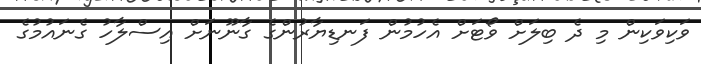
ވަކިވަކިން މި ދެ ބިލަށް ވޯޓަށް އެހުމުން ފަނޑިޔާރުންގެ ގާނޫނަށް އިސްލާހު ގެނައުމުގެ